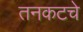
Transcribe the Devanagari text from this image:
तनकटचे